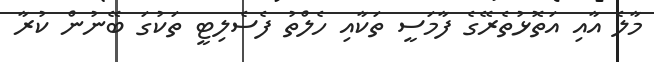
މާލެ އާއި އަތޮޅުތެރޭގެ ފާމަސީ ތަކާއި ހެލްތު ފެސެލިޓީ ތަކުގަ ބޭނުން ކުރާ